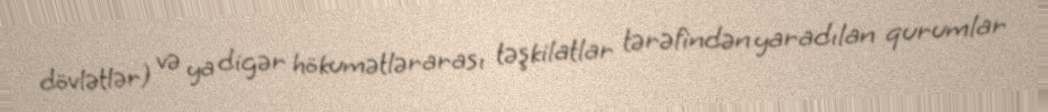
dövlətlər) və ya digər hökumətlərarası təşkilatlar tərəfindən yaradılan qurumlar